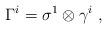
LaTeX: \begin{align*} \Gamma^i= \sigma^1 \otimes \gamma^i~,\end{align*}